Lunatic asylums Punjab 1881-1894 - 1881-1894
Year: 1881
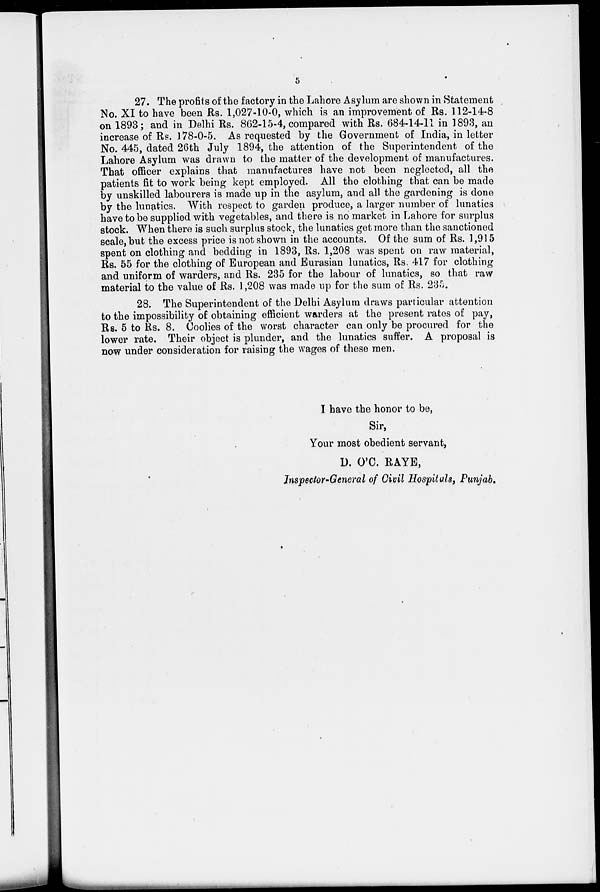
5
27. The profits of the factory in the Lahore Asylum are shown in Statement
No. XI to have been Rs. 1,027-10-0, which is an improvement of Rs. 112-14-8
on 1893; and in Delhi Rs. 862-15-4, compared with Rs. 684-14-11 in 1893, an
increase of Rs. 178-0-5. As requested by the Government of India, in letter
No. 445, dated 26th July 1894, the attention of the Superintendent of the
Lahore Asylum was drawn to the matter of the development of manufactures.
That officer explains that manufactures have not been neglected, all the
patients fit to work being kept employed. All the clothing that can be made
by unskilled labourers is made up in the asylum, and all the gardening is done
by the lunatics. With respect to garden produce, a larger number of lunatics
have to be supplied with vegetables, and there is no market in Lahore for surplus
stock. When there is such surplus stock, the lunatics get more than the sanctioned
scale, but the excess price is not shown in the accounts. Of the sum of Rs. 1,915
spent on clothing and bedding in 1893, Rs. 1,208 was spent on raw material,
Rs. 55 for the clothing of European and Eurasian lunatics, Rs. 417 for clothing
and uniform of warders, and Rs. 235 for the labour of lunatics, so that raw
material to the value of Rs. 1,208 was made up for the sum of Rs. 235.
28. The Superintendent of the Delhi Asylum draws particular attention
to the impossibility of obtaining efficient warders at the present rates of pay,
Rs. 5 to Rs. 8. Coolies of the worst character can only be procured for the
lower rate. Their object is plunder, and the lunatics suffer. A proposal is
now under consideration for raising the wages of these men.
I have the honor to be,
Sir,
Your most obedient servant,
D. O'C. RAYE,
Inspector-General of Civil Hospitals, Punjab.